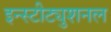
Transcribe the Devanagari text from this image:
इन्स्टीट्युशनल